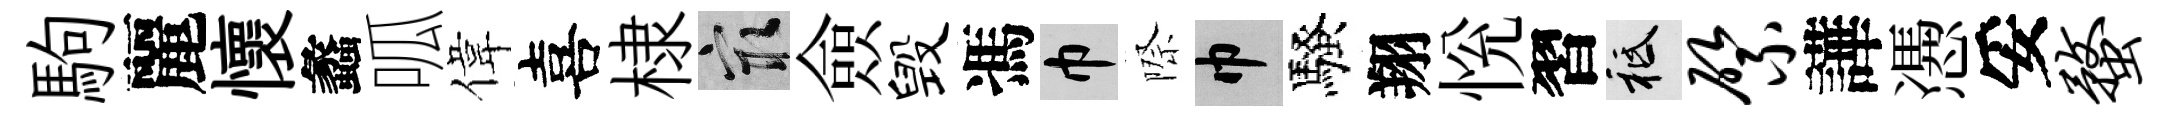
駒麗懷蠡呱偉喜棣冣僉毁馮巾際巾騷翔恱習祇綮譁慿妥蝥